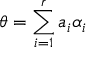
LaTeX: \theta = \sum _ { i = 1 } ^ { r } a _ { i } \alpha _ { i }